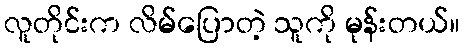
လူတိုင်းက လိမ်ပြောတဲ့ သူကို မုန်းတယ်။